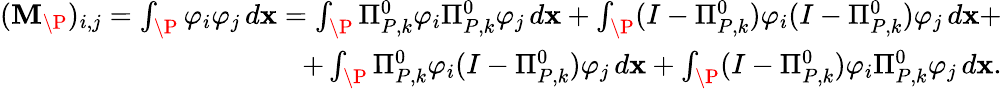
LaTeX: \begin{array}{r}{(\mathbf{M}_{\P})_{i,j}=\int_{\P}\varphi_{i}\varphi_{j}\, d\mathbf{x}=\int_{\P}\Pi_{{P},k}^{0}\varphi_{i}\Pi_{{P},k}^{0}\varphi_{j}\, d\mathbf{x}+\int_{\P}(I-\Pi_{{P},k}^{0})\varphi_{i}(I-\Pi_{{P},k}^{0})\varphi_{j}\, d\mathbf{x}+}\\ {+\int_{\P}\Pi_{{P},k}^{0}\varphi_{i}(I-\Pi_{{P},k}^{0})\varphi_{j}\, d\mathbf{x}+\int_{\P}(I-\Pi_{{P},k}^{0})\varphi_{i}\Pi_{{P},k}^{0}\varphi_{j}\, d\mathbf{x}.}\end{array}